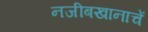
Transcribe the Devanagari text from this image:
नजीबखानाचें